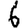
Digit: 6